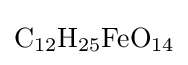
{\ce {C12H25FeO14}}